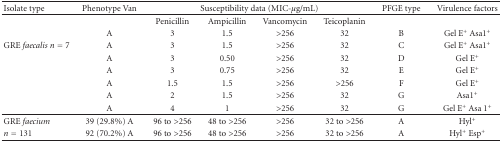
<table><thead><tr><td><b>Isolate type</b></td><td><b>Phenotype Van</b></td><td colspan="4"><b>Susceptibility data (MIC-<i>μ</i>g/mL)</b></td><td><b>PFGE type</b></td><td><b>Virulence factors</b></td></tr></thead><tbody><tr><td></td><td> </td><td>Penicillin</td><td>Ampicillin</td><td>Vancomycin</td><td>Teicoplanin</td><td></td><td></td></tr><tr><td></td><td>A</td><td>3</td><td>1.5</td><td>&gt;256</td><td>32</td><td>B</td><td>Gel E<sup>+</sup> Asa1<sup>+</sup></td></tr><tr><td>GRE<i> faecalis </i><i>n</i> = 7</td><td>A</td><td>3</td><td>1.5</td><td>&gt;256</td><td>32</td><td>C</td><td>Gel E<sup>+</sup> Asa1<sup>+</sup></td></tr><tr><td></td><td>A</td><td>3</td><td>0.50</td><td>&gt;256</td><td>32</td><td>D</td><td>Gel E<sup>+</sup></td></tr><tr><td></td><td>A</td><td>3</td><td>0.75</td><td>&gt;256</td><td>32</td><td>E</td><td>Gel E<sup>+</sup></td></tr><tr><td></td><td>A</td><td>1.5</td><td>1.5</td><td>&gt;256</td><td>&gt;256</td><td>F</td><td>Gel E<sup>+</sup></td></tr><tr><td></td><td>A</td><td>2</td><td>1.5</td><td>&gt;256</td><td>32</td><td>G</td><td>Asa1<sup>+</sup></td></tr><tr><td></td><td>A</td><td>4</td><td>1</td><td>&gt;256</td><td>32</td><td>G</td><td>Gel E<sup>+</sup> Asa 1<sup>+</sup></td></tr><tr><td>GRE<i> faecium </i></td><td>39 (29.8%) A</td><td>96 to &gt;256</td><td>48 to &gt;256</td><td>&gt;256</td><td>32 to &gt;256</td><td>A</td><td>Hyl<sup>+</sup></td></tr><tr><td><i>n</i> = 131</td><td>92 (70.2%) A</td><td>96 to &gt;256</td><td>48 to &gt;256</td><td>&gt;256</td><td>32 to &gt;256</td><td>A</td><td>Hyl<sup>+</sup> Esp<sup>+</sup></td></tr></tbody></table>